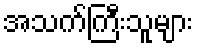
အသက်ကြီးသူများ